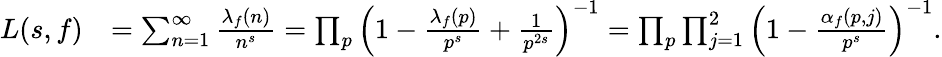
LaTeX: \begin{array}{rl}{L(s,f)}&{=\sum_{n=1}^{\infty}\frac{\lambda_{f}(n)}{n^{s}}=\prod_{p}\left(1-\frac{\lambda_{f}(p)}{p^{s}}+\frac{1}{p^{2s}}\right)^{-1}=\prod_{p}\prod_{j=1}^{2}\left(1-\frac{\alpha_{f}(p,j)}{p^{s}}\right)^{-1}.}\end{array}